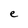
Character: e